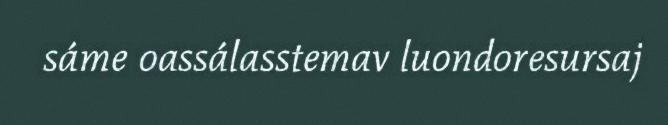
sáme oassálasstemav luondoresursaj